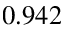
0 . 9 4 2